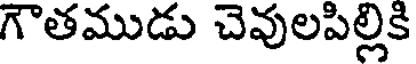
గౌతముడు చెవులపిల్లికి